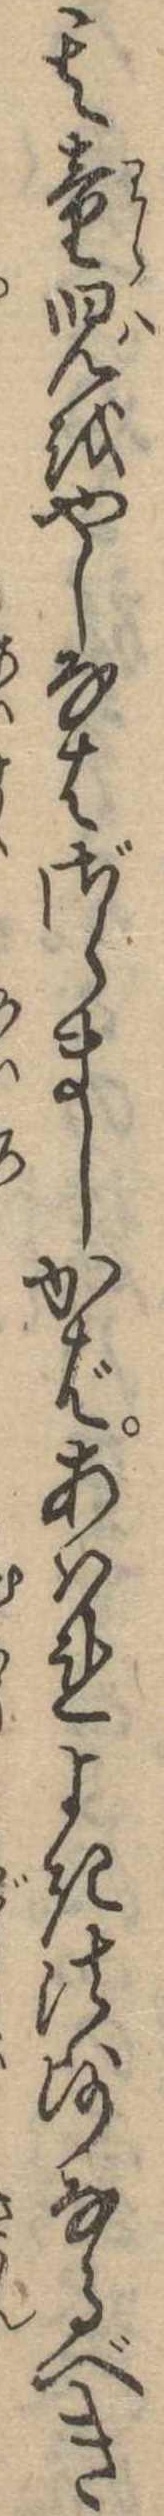
其童児をやしなはざらましかばあはれよき法師なるべき